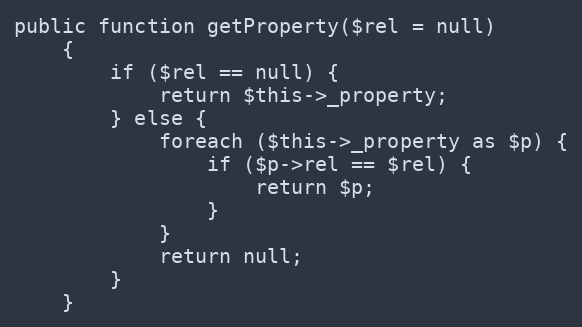
Language: PHP
public function getProperty($rel = null)
    {
        if ($rel == null) {
            return $this->_property;
        } else {
            foreach ($this->_property as $p) {
                if ($p->rel == $rel) {
                    return $p;
                }
            }
            return null;
        }
    }